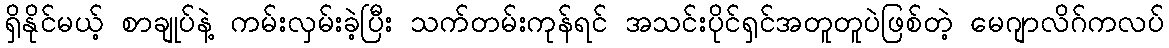
ရှိနိုင်မယ့် စာချုပ်နဲ့ ကမ်းလှမ်းခဲ့ပြီး သက်တမ်းကုန်ရင် အသင်းပိုင်ရှင်အတူတူပဲဖြစ်တဲ့ မေဂျာလိဂ်ကလပ်